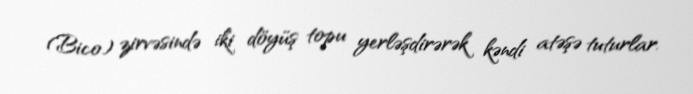
(Bico) zirvəsində iki döyüş topu yerləşdirərək kəndi atəşə tuturlar.